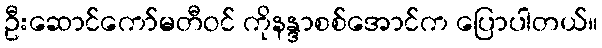
ဦးဆောင်ကော်မတီဝင် ကိုနန္ဒာစစ်အောင်က ပြောပါတယ်။